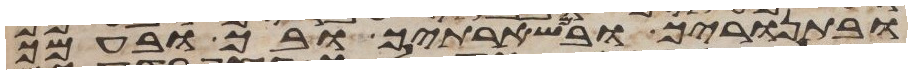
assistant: ובתנוריך ובמשארתיך ובך ובעמך